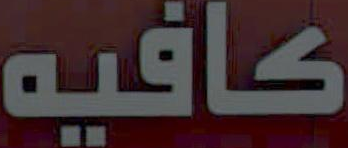
كافيه